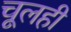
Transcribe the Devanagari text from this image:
चूलही